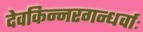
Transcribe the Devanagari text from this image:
देवकिन्नरगन्धर्वाः